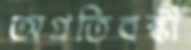
অপ্রতিবন্ধী